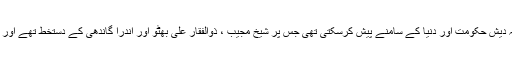
انہوں نے کہاکہ حکومت پاکستا ن اگر چاہتی تو وہ سہ فریقی معاہدہ بنگلہ دیش حکومت اور دنیا کے سامنے پیش کرسکتی تھی جس پر شیخ مجیب ، ذوالفقار علی بھٹو اور اندرا گاندھی کے دستخط تھے اور اس میں 1971 ءکے واقعات پر کوئی ایکشن نہ لینے کاذکر موجود تھا۔